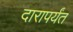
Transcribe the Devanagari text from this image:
दारापर्यंत